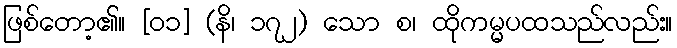
ဖြစ်တော့၏။ [၀၁] (နိ၊ ၁၇၂) သော စ၊ ထိုကမ္မပထသည်လည်း။